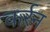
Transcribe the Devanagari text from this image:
कर्रन